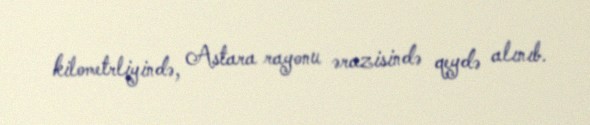
kilometrliyində, Astara rayonu ərazisində qeydə alınıb.